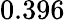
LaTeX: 0.396